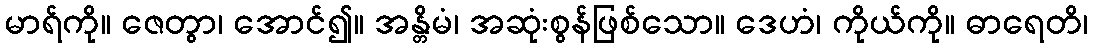
မာရ်ကို။ ဇေတွာ၊ အောင်၍။ အန္တိမံ၊ အဆုံးစွန်ဖြစ်သော။ ဒေဟံ၊ ကိုယ်ကို။ ဓာရေတိ၊